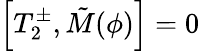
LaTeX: \left[T_{2}^{\pm},\tilde{M}({\phi})\right]=0